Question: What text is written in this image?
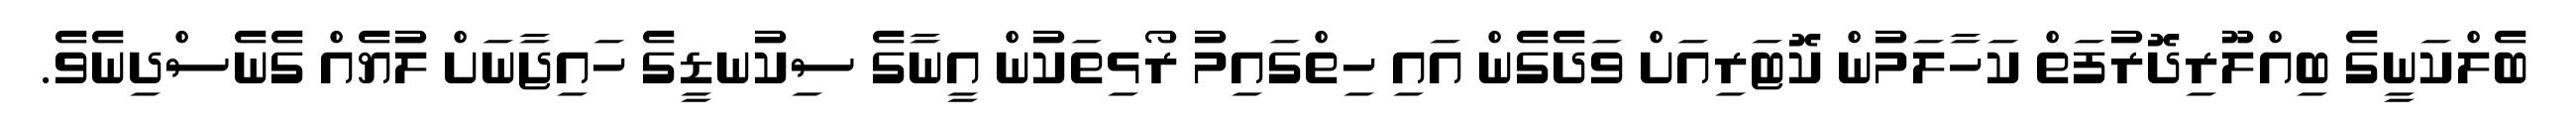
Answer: ބެލްކަނީގެ ބިއްލޫރިދޮރުފަތް ކަހާލަމުން ކޮޓަރިއަށް ވަދެގެން އައި ހިތްގައިމު ރޯޅިތަކުން އީނާގެ ސިކުނޑީގެ ހައިޖާނަށް ލުޔެއް ގެނެސްދިނެވެ.